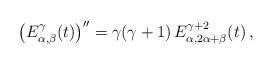
LaTeX: \begin{align*} \left(E_{\alpha, \beta}^\gamma(t)\right)'' = \gamma(\gamma+1) \, E_{\alpha, 2\alpha+\beta}^{\gamma+2}(t)\,, \end{align*}